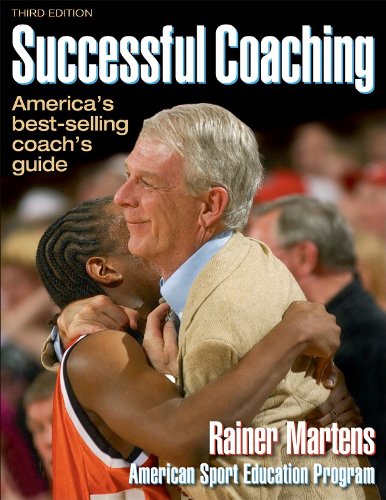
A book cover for Successful Coaching - 3rd Edition; Rainer Martens; Sports & Outdoors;